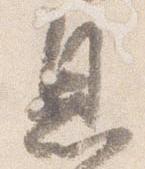
息